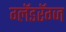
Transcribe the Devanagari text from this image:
ग्लॅडरॅग्ज